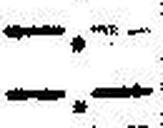
—.—